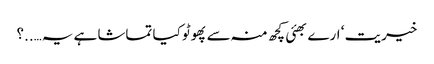
خیریت ‘ ارے بھئی کچھ منہ سے پھوٹو کیا تماشا ہے یہ…..؟